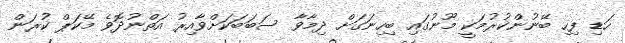
ހަޑި ފިހި ބޭނުންކުރުމަކީ މޫނުގައި ބިހިނަގަށް ދިމާވާ ސަބަބަކަށްވާއިރު އަތްނުދޮވެ މޭކަޕް ކުރަން